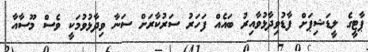
ޕާޓީގެ ލީޑަޝިޕަށް ފާޑުވިދާޅުވާއިރު ބައެއް ފަހަރު ސަރުކާރަށް ސަނާ ވިދާޅުވުމަކީ ވެސް މޫސާއާ